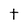
Character: t